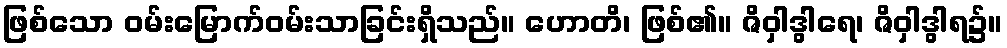
ဖြစ်သော ဝမ်းမြောက်ဝမ်းသာခြင်းရှိသည်။ ဟောတိ၊ ဖြစ်၏။ ဇိဝှါဒွါရေ၊ ဇိဝှါဒွါရ၌။